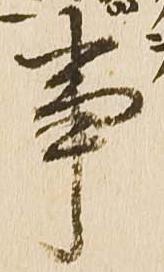
事